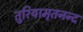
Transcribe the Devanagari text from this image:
तुरियामृतनन्द